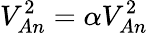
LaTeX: V_{An}^{2}=\alpha V_{An}^{2}